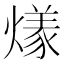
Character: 𬋌